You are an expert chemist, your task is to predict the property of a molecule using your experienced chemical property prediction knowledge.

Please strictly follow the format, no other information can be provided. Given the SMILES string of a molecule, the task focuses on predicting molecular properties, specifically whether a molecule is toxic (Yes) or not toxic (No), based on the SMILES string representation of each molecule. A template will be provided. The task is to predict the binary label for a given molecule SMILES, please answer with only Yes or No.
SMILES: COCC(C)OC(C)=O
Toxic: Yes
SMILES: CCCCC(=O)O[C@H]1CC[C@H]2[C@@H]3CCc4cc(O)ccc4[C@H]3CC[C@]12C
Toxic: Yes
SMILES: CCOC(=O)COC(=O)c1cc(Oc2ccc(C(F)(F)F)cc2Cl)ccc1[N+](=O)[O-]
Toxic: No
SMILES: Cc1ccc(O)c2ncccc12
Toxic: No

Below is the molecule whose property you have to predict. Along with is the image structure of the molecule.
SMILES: c1ccncc1
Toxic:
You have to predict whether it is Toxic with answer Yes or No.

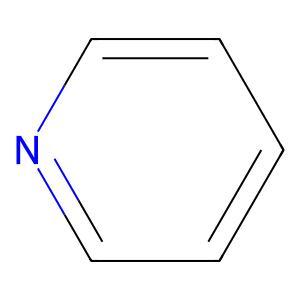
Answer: No